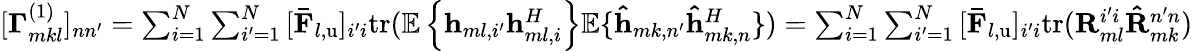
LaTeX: \begin{array}{r}{[\mathbf{\Gamma}_{mkl}^{\left(1\right)}]_{nn^{\prime}}=\sum_{i=1}^{N}{\sum_{i^{\prime}=1}^{N}{[\mathbf{\bar{F}}_{l,\mathrm{u}}]_{i^{\prime}i}\mathrm{tr}(\mathbb{E}\left\{ \mathbf{h}_{ml,i^{\prime}}\mathbf{h}_{ml,i}^{H}\right\} \mathbb{E}\{ \mathbf{\hat{h}}_{mk,n^{\prime}}\mathbf{\hat{h}}_{mk,n}^{H}\} )}}=\sum_{i=1}^{N}{\sum_{i^{\prime}=1}^{N}{[\mathbf{\bar{F}}_{l,\mathrm{u}}]_{i^{\prime}i}\mathrm{tr}(\mathbf{R}_{ml}^{i^{\prime}i}\mathbf{\hat{R}}_{mk}^{n^{\prime}n})}}}\end{array}